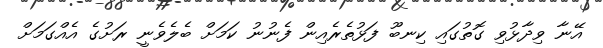
އޭނާ ވިދާޅުވި ގޮތުގައި ކިނބޫ ފަޅުތެރެއިން ފެނުނު ކަމަށް ބެލެވެނީ ރަށުގެ އެއްގަމަށް